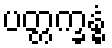
ပတ္တက္ခန္ဓံ